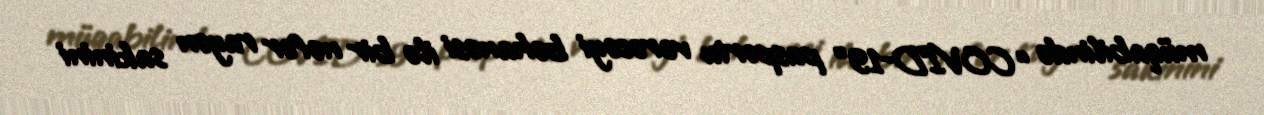
müqabilində “COVID-19” pasportu verəcəyi bəhanəsi ilə bir nəfər rayon sakinini